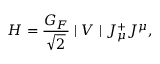
H = \frac { G _ { F } } { \sqrt { 2 } } \mid V \mid J _ { \mu } ^ { + } J ^ { \mu } ,